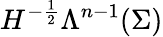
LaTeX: H^{-\frac{1}{2}}\Lambda^{n-1}(\Sigma)